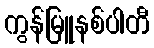
ကွန်မြူနစ်ပါတီ